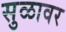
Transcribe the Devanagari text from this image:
सुळावर